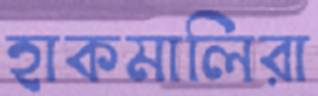
হাকমালিরা